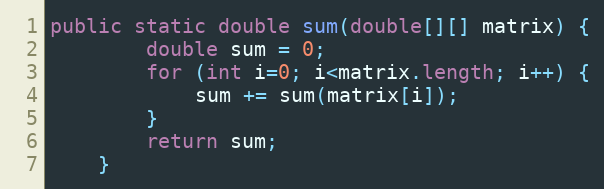
Language: Java
public static double sum(double[][] matrix) {
        double sum = 0;
        for (int i=0; i<matrix.length; i++) {
            sum += sum(matrix[i]);
        }
        return sum;
    }